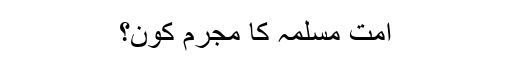
امتِ مسلمہ کا مجرم کون؟